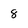
Character: 8